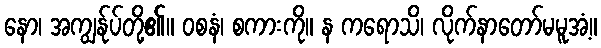
နော၊ အကျွန်ုပ်တို့၏။ ဝစနံ၊ စကားကို။ န ကရောသိ၊ လိုက်နာတော်မမူအံ့။